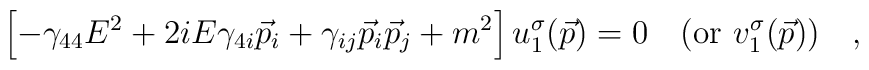
\left [ - \gamma_{44} E^2 +2iE\gamma_{4i} \vec p_i +\gamma_{ij}\vec p_i \vec p_j  +m^2\right ] u_1^\sigma (\vec p) = 0\quad (\mbox{or}\,\,v_1^\sigma (\vec p)) \quad,